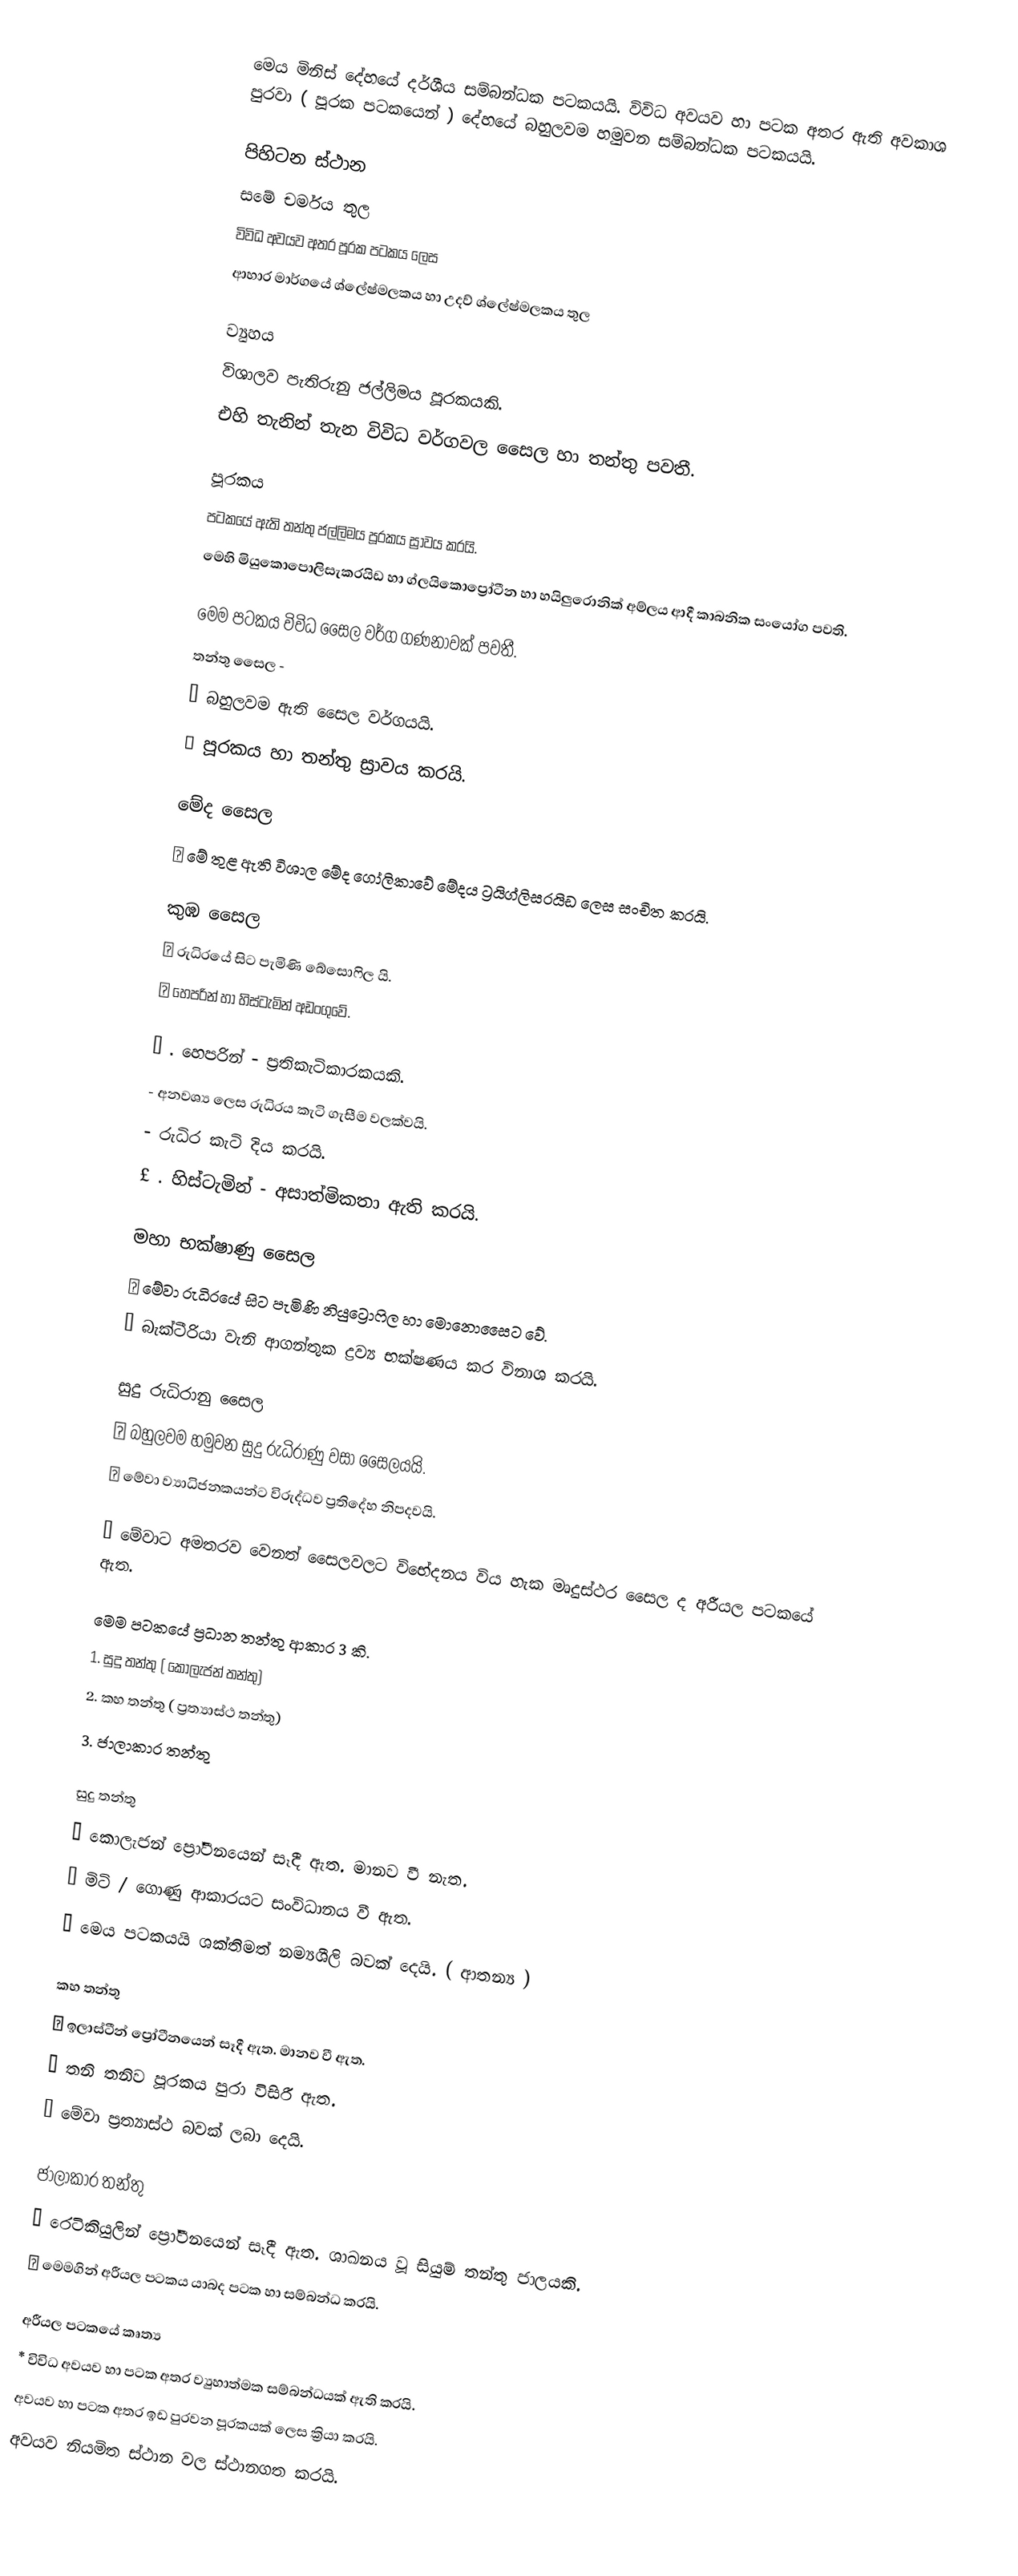
මෙය මිනිස් දේහයේ දර්ශීය සම්බන්ධක පටකයයි. විවිධ අවයව හා පටක අතර ඇති අවකාශ පුරවා ( පූරක පටකයෙන් ) දේහයේ බහුලවම හමුවන සම්බන්ධක පටකයයි.

පිහිටන ස්ථාන
 සමේ චර්මය තුල
 විවිධ අවයව අතර පූරක පටකය ලෙස
 ආහාර මාර්ගයේ ශ්ලේෂ්මලකය හා උදව් ශ්ලේෂ්මලකය තුල

ව්‍යුහය
 විශාලව පැතිරුනු ජල්ලිමය පූරකයකි.
 එහි තැනින් තැන විවිධ වර්ගවල සෛල හා තන්තු පවතී.

පූරකය
 පටකයේ ඇති තන්තු ජල්ලිමය පූරකය ස්‍රාවය කරයි.
 මෙහි මියුකොපොලිසැකරයිඩ හා ග්ලයිකොප්‍රෝටීන හා හයිලුරොනික් අම්ලය ආදී කාබනික සංයෝග පවති.

මෙම පටකය විවිධ සෛල වර්ග ගණනාවක් පවතී.
 තන්තු සෛල -
 ✓ බහුලවම ඇති සෛල වර්ගයයි.
✓ පූරකය හා තන්තු ස්‍රාවය කරයි.

 මේද සෛල
✓ මේ තුළ ඇති විශාල මේද ගෝලිකාවේ මේදය ට්‍රයිග්ලිසරයිඩ ලෙස සංචිත කරයි.

 කුඹ සෛල
✓ රුධිරයේ සිට පැමිණි බේසොෆිල යි.
✓ හෙපරින් හා හිස්ටැමින් අඩංගුවේ.

£ . හෙපරින් - ප්‍රතිකැටිකාරකයකි.
                       - අනවශ්‍ය ලෙස රුධිරය කැටි ගැසීම වලක්වයි.
                       - රුධිර කැටි දිය කරයි.
£ . හිස්ටැමින් - අසාත්මිකතා ඇති කරයි.

 මහා භක්ෂාණු සෛල
 ✓ මේවා රුධිරයේ සිට පැමිණි නියුට්‍රොෆිල හා මොනොසෛට වේ.
✓ බැක්ටීරියා වැනි ආගන්තුක ද්‍රව්‍ය භක්ෂණය කර විනාශ කරයි.

 සුදු රුධිරානු සෛල
✓ බහුලවම හමුවන සුදු රුධිරාණු වසා සෛලයයි.
✓ මේවා ව්‍යාධිජනකයන්ට විරුද්ධව ප්‍රතිදේහ නිපදවයි.

√ මේවාට අමතරව වෙනත් සෛලවලට විභේදනය විය හැක මෘදුස්ථර සෛල ද අරීයල පටකයේ ඇත.

මෙම පටකයේ ප්‍රධාන තන්තු ආකාර 3 කි.
 1. සුදු තන්තු ( කොලැජන් තන්තු)
 2. කහ තන්තු ( ප්‍රත්‍යාස්ථ තන්තු)
 3. ජාලාකාර තන්තු

 සුදු තන්තු
 ✓ කොලැජන් ප්‍රෝටීනයෙන් සෑදී ඇත. මානව වී නැත.
✓ මිටි / ගොණු ආකාරයට සංවිධානය වී ඇත.
✓ මෙය පටකයයි ශක්තිමත් නම්‍යශීලි බවක් දෙයි. ( ආතන්‍ය )

 කහ තන්තු
✓ ඉලාස්ටීන් ප්‍රෝටීනයෙන් සෑදී ඇත. මානව වී ඇත.
✓ තනි තනිව පූරකය පුරා විසිරී ඇත.
✓ මේවා ප්‍රත්‍යාස්ථ බවක් ලබා දෙයි.

 ජාලාකාර තන්තු
✓ රෙටිකියුලින් ප්‍රෝටීනයෙන් සෑදී ඇත. ශාඛනය වූ සියුම් තන්තු ජාලයකි.
✓ මෙමගින් අරීයල පටකය යාබද පටක හා සම්බන්ධ කරයි.

අරීයල පටකයේ කෘත්‍ය
 * විවිධ අවයව හා පටක අතර ව්‍යුහාත්මක සම්බන්ධයක් ඇති කරයි.
 අවයව හා පටක අතර ඉඩ පුරවන පූරකයක් ලෙස ක්‍රියා කරයි.
 අවයව නියමිත ස්ථාන වල ස්ථානගත කරයි.